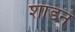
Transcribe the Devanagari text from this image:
शाडन